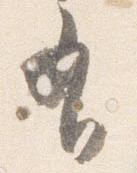
有